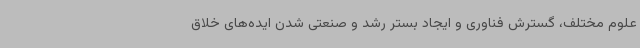
علوم مختلف، گسترش فناوری و ایجاد بستر رشد و صنعتی شدن ایده‌های خلاق